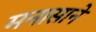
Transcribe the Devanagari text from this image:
मनासाने